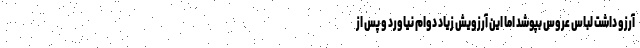
آرزو داشت لباس عروس بپوشد اما این آرزویش زیاد دوام نیاورد و پس از